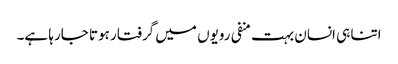
اتنا ہی انسان بہت منفی رویوں میں گرفتار ہوتا جارہا ہے۔